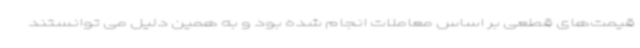
قیمت‌های قطعی بر اساس معاملات انجام شده بود و به همین دلیل می توانستند